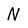
Character: N